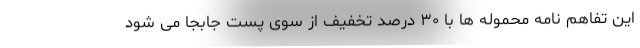
این تفاهم نامه محموله ها با ۳۰ درصد تخفیف از سوی پست جابجا می شود